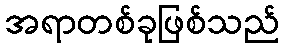
အရာတစ်ခုဖြစ်သည်